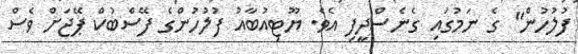
ފުލުހުން" ގެ ނަމުގައި ގެނެސްދީފި އެވެ. ޔޫޓިއުބާއު ފުލުހުންގެ ފޭސްބުކް ޕޭޖަށް ވެސް